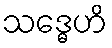
သဒ္ဓေဟိ